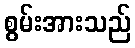
စွမ်းအားသည်